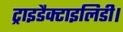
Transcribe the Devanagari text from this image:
ट्राइडैक्टाइलिडी।